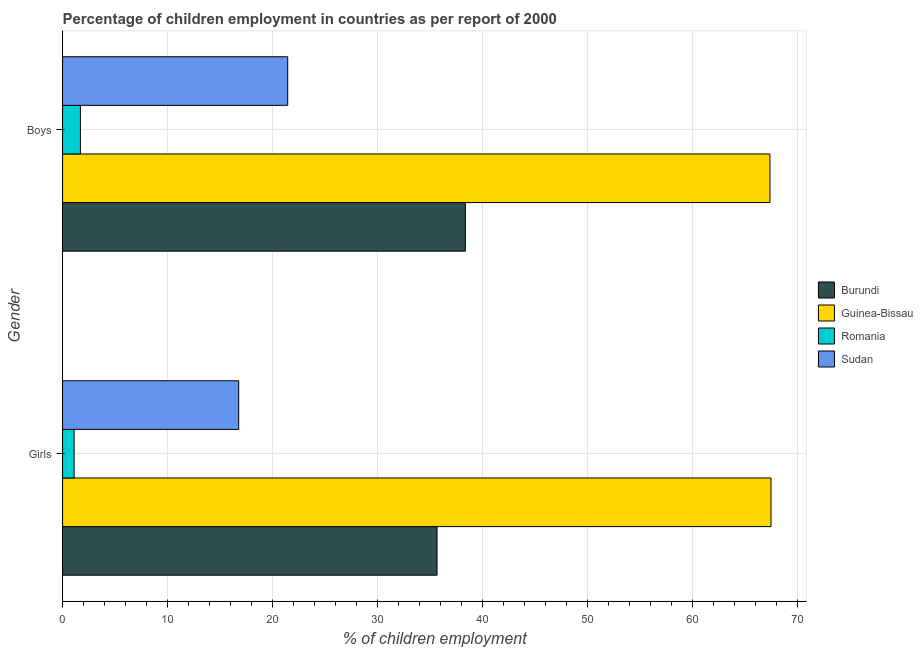
| Gender | Burundi | Guinea-Bissau | Romania | Sudan |
 | --- | --- | --- | --- | --- |
 | Girls | 35.7 | 67.5 | 1.1 | 16.8 |
 | Boys | 38.4 | 67.4 | 1.7 | 21.5 |